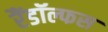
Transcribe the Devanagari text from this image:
रैंडॉल्फस